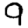
Digit: 9